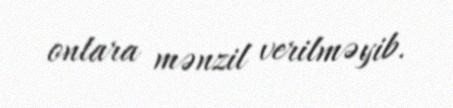
onlara mənzil verilməyib.